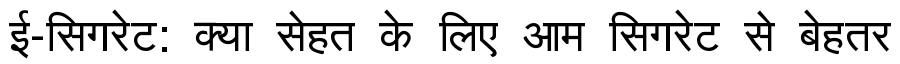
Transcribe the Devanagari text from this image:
ई-सिगरेट: क्या सेहत के लिए आम सिगरेट से बेहतर